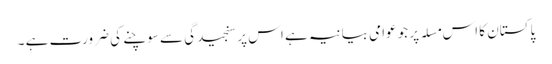
پاکستان کا اس مسلہ پر جو عوامی بیانیہ ہے اس پر سنجیدگی سے سوچنے کی ضرورت ہے ۔